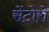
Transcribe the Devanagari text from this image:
सेंटोरो